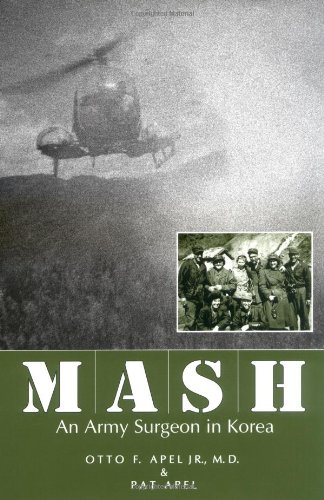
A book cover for MASH: An Army Surgeon in Korea; Otto Apel M.D.; History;